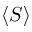
\langle S \rangle